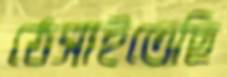
ঠেসাইতেছি